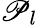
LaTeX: \mathscr{P}_{l}